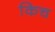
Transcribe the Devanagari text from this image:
किच